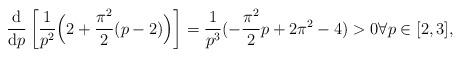
LaTeX: \begin{align*} \frac{\mathrm{d} }{\mathrm{d} p}\left[\frac{1}{p^2}\Big(2+\frac{\pi^2}{2}(p-2)\Big)\right]=\frac{1}{p^3}(-\frac{\pi^2}{2}p+2\pi^2-4)>0 \forall p \in [2, 3],\end{align*}